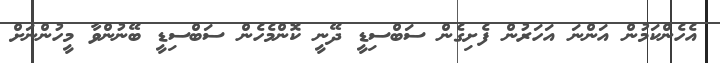
އެހެންކަމުން އަންނަ އަހަރުން ފެށިގެން ސަބްސިޑީ ދޭނީ ކޮންމެހެން ސަބްސިޑީ ބޭނުންވާ މީހުންނަށް